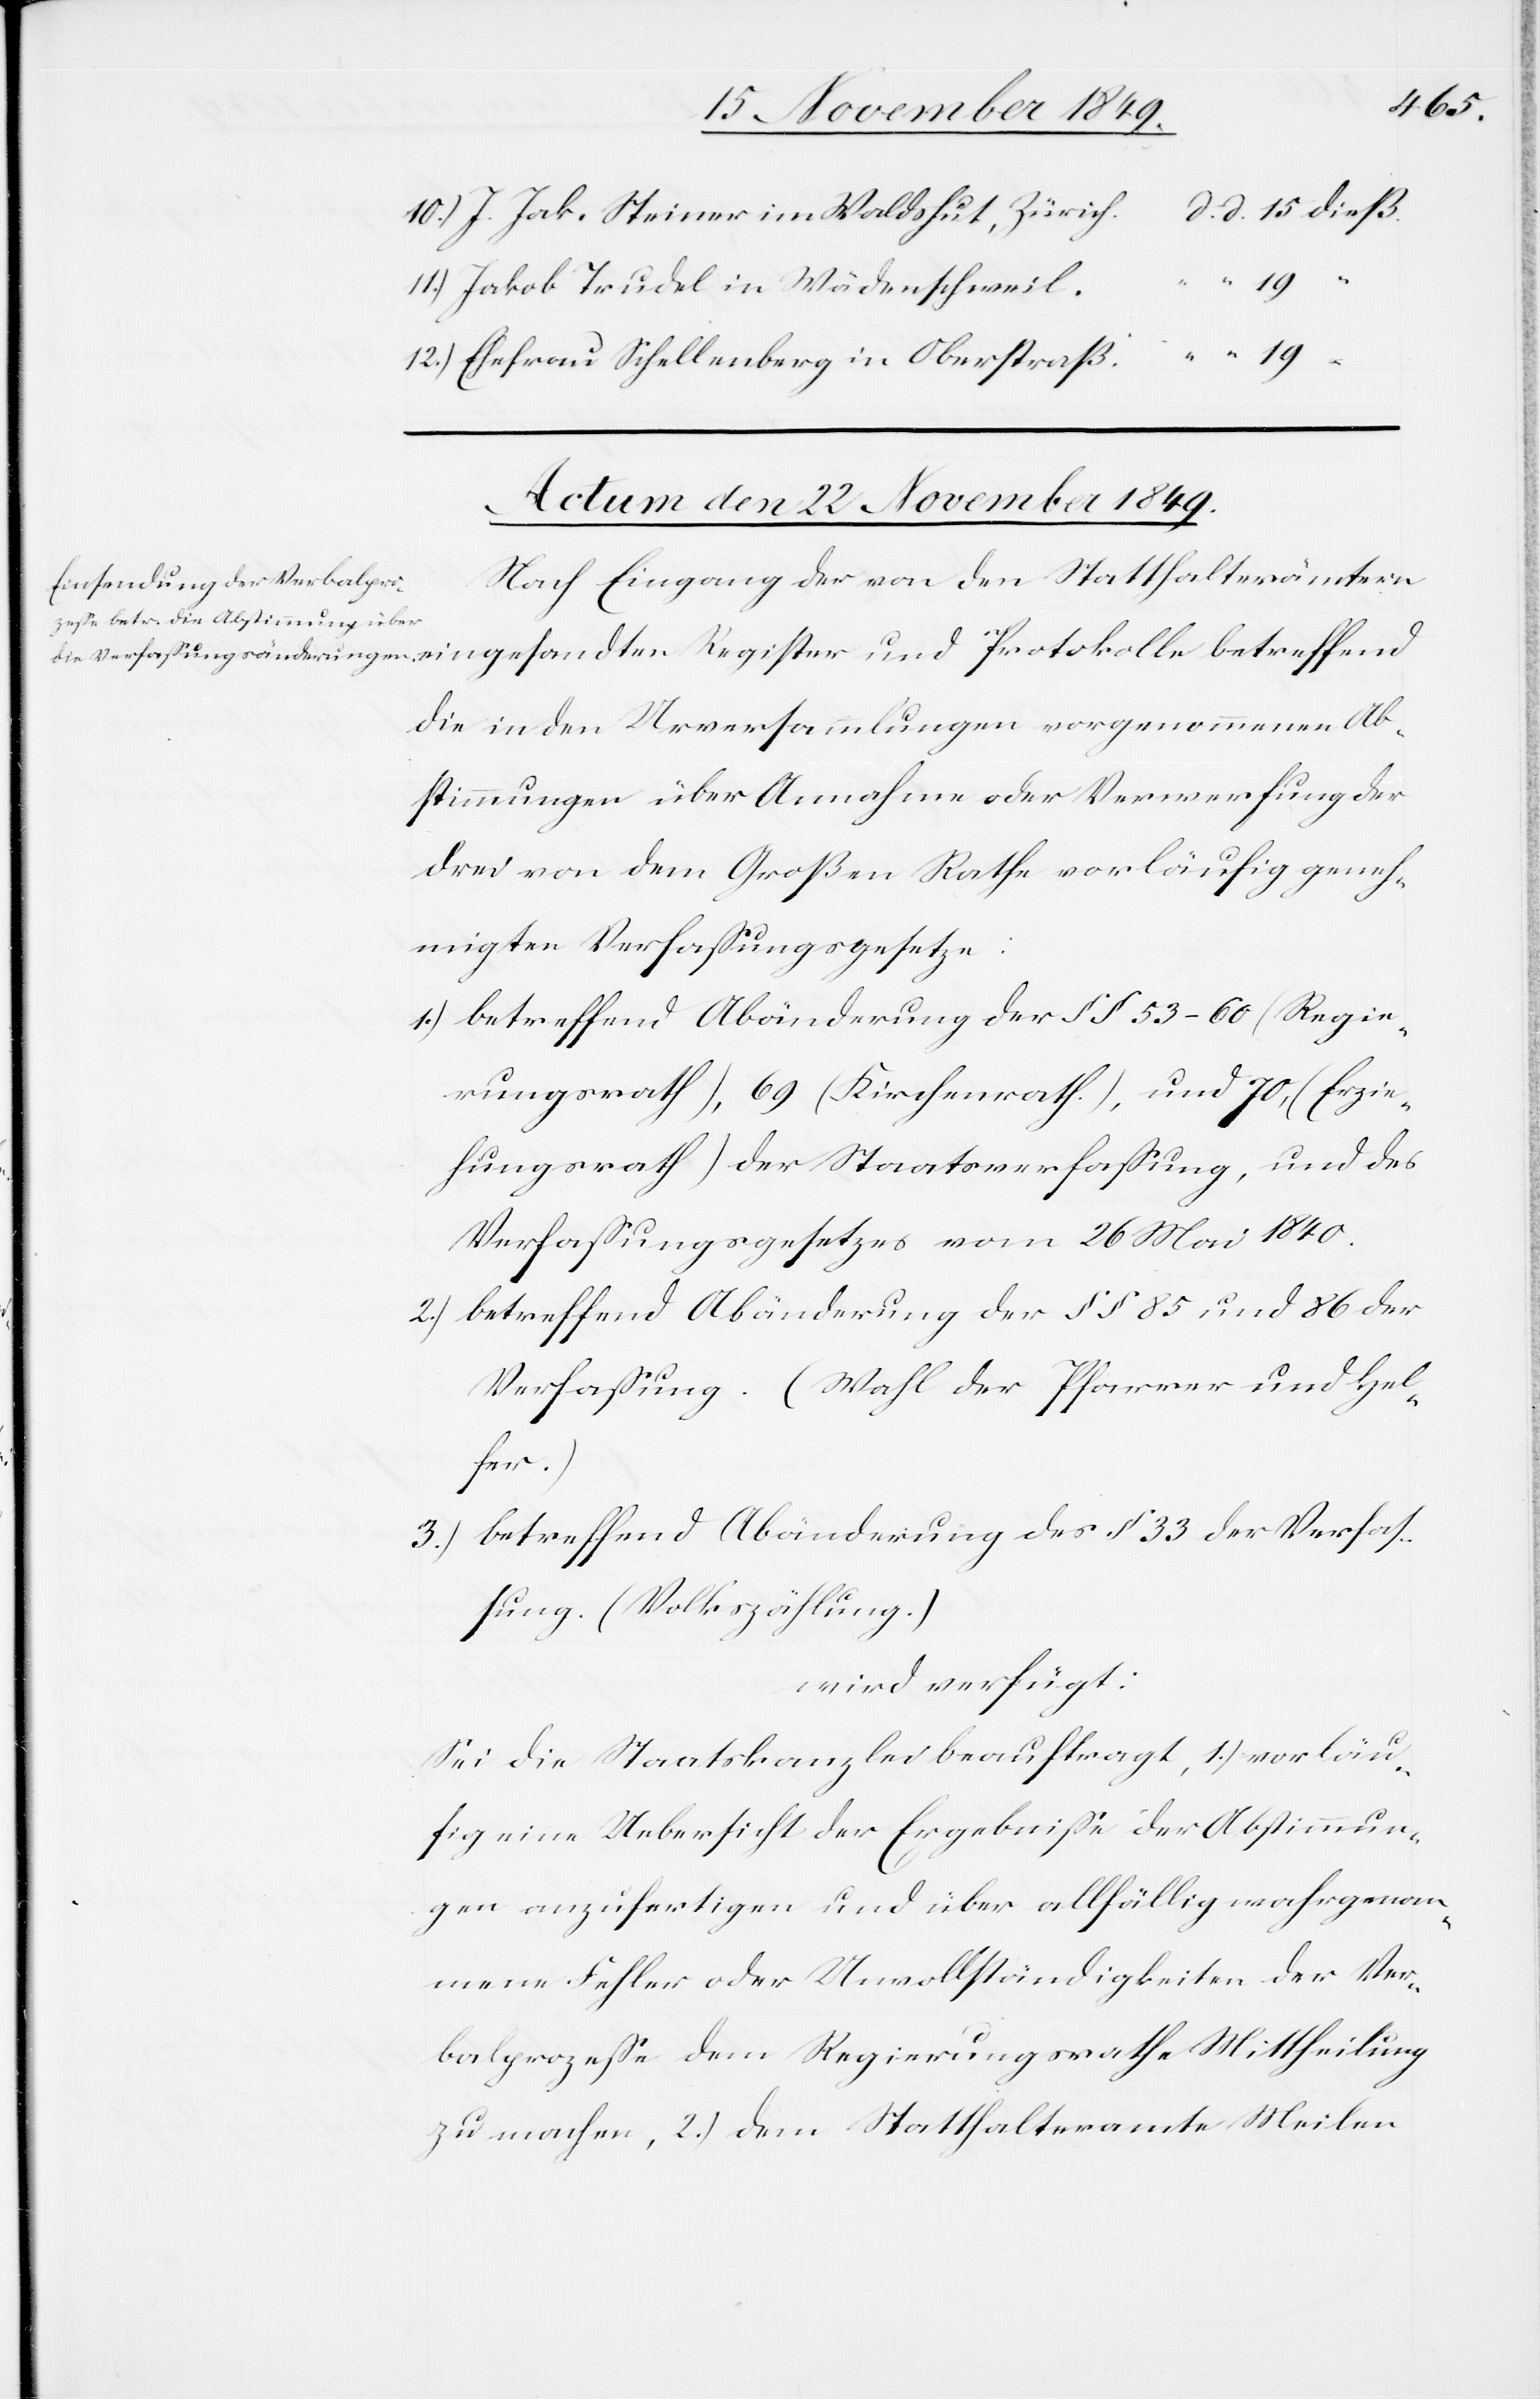
l.				d.
10.) J. Jak. Steiner im Waldshut, Zürich				d. d. 15 “
11.) Jakob Trudel in Wädenschwei¬
11.) Ehefrau Schellenberg in Oberstraß.				d.
Actum den 22 November 1849.
“
Nach Eingang der von den Statthalterämtern
die in den Urversammlungen vorgenommenen Ab¬
stimmungen über Annahme oder Verwerfung der
drei von dem Großen Rathe vorläufig geneh¬
migten Verfaßungsgesetze.
1.) betreffend Abänderung der §§ 53–60 (Regie¬
rungsrath), 69 (Kirchenrath), und 70 (Erzie¬
hungsrath) der Staatsverfaßung, und des
Verfaßungsgesetzes vom 26 Mai 1840.
2.) betreffend Abänderung der §§ 85 und 86 der
Verfaßung. (Wahl der Pfarrer und Hel¬
fer.)
3.) betreffend Abänderung des §§ 33 der Verfaß¬
ung. (Volkszählung.)
wird verfügt:
Sei die Staatskanzlei beauftragt, 1.) vorläu¬
fig eine Uebersicht der Ergebniße der Abstimmun¬
gen anzufertigen und über allfällig wahrgenom¬
mene Fehler oder Unvollständigkeiten der Ver¬
balprozeße dem Regierungsrathe Mittheilung
zu machen, 2.) dem Statthalteramte Meilen